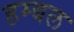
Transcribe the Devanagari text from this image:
हम्बल